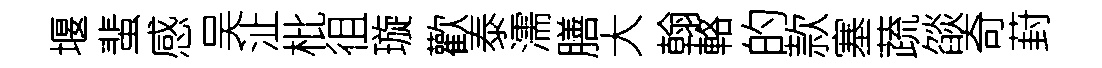
堰蜚感吴沚枇徂璇歡泰濡膳大翰輅的款塞蔬燄奇葑